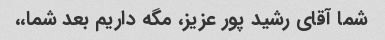
شما آقای رشید پور عزیز، مگه داریم بعد شما،،